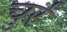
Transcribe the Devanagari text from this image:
चुर्र